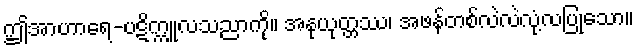
ဤအာဟာရေ-ပဋိက္ကူလသညာကို။ အနုယုတ္တဿ၊ အဖန်တစ်လဲလဲလုံ့လပြုသော။